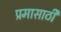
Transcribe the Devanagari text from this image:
प्रमासाठी